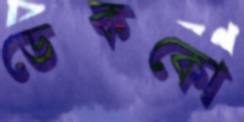
ডেককো